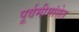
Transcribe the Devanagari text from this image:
पूर्वमीमांसेत